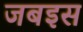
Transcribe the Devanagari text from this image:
जबइस